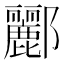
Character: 酈